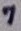
Text: 7